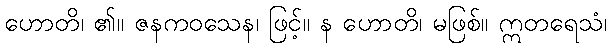
ဟောတိ၊ ၏။ ဇနကဝသေန၊ ဖြင့်။ န ဟောတိ၊ မဖြစ်။ ဣတရေသံ၊